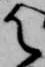
御